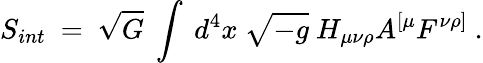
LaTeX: S_{int}~=~\sqrt{G}~\int~d^{4}x~\sqrt{-g}~H_{\mu\nu\rho}A^{[\mu}F^{\nu\rho]}~.